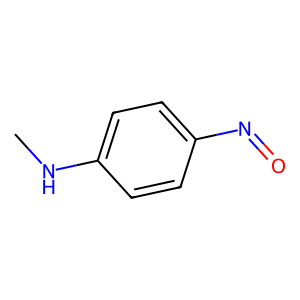
SMILES: CNc1ccc(N=O)cc1
Inhibits HIV replication: No